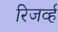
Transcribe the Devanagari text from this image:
रिजर्व्ह